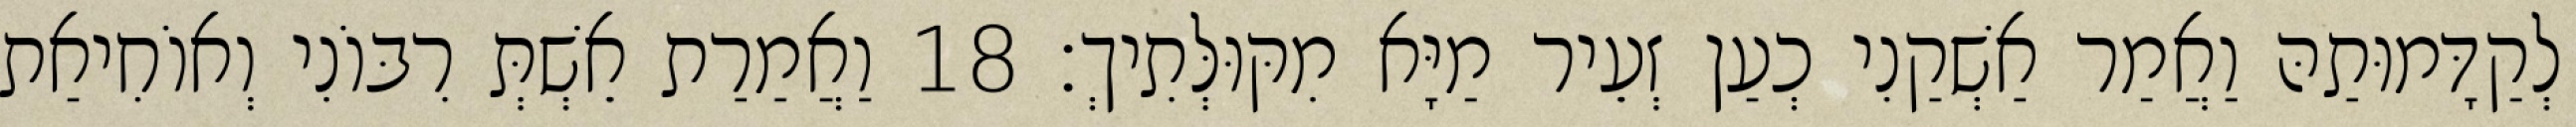
לְקַדָּמוּתַהּ וַאֲמַר אַשְׁקַנִי כְעַן זְעֵיר מַיָּא מִקּוּלְּתִיךְ׃ 18 וַאֲמַרַת אֵשְׁתְּ רִבּוֹנִי וְאוֹחִיאַת